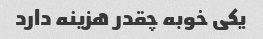
یکی خوبه چقدر هزینه دارد